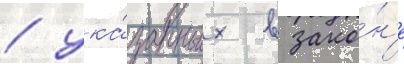
/ ука́занных в зако́н'е